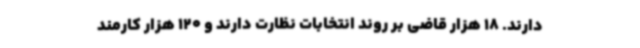
دارند. 18 هزار قاضی بر روند انتخابات نظارت دارند و 120 هزار کارمند